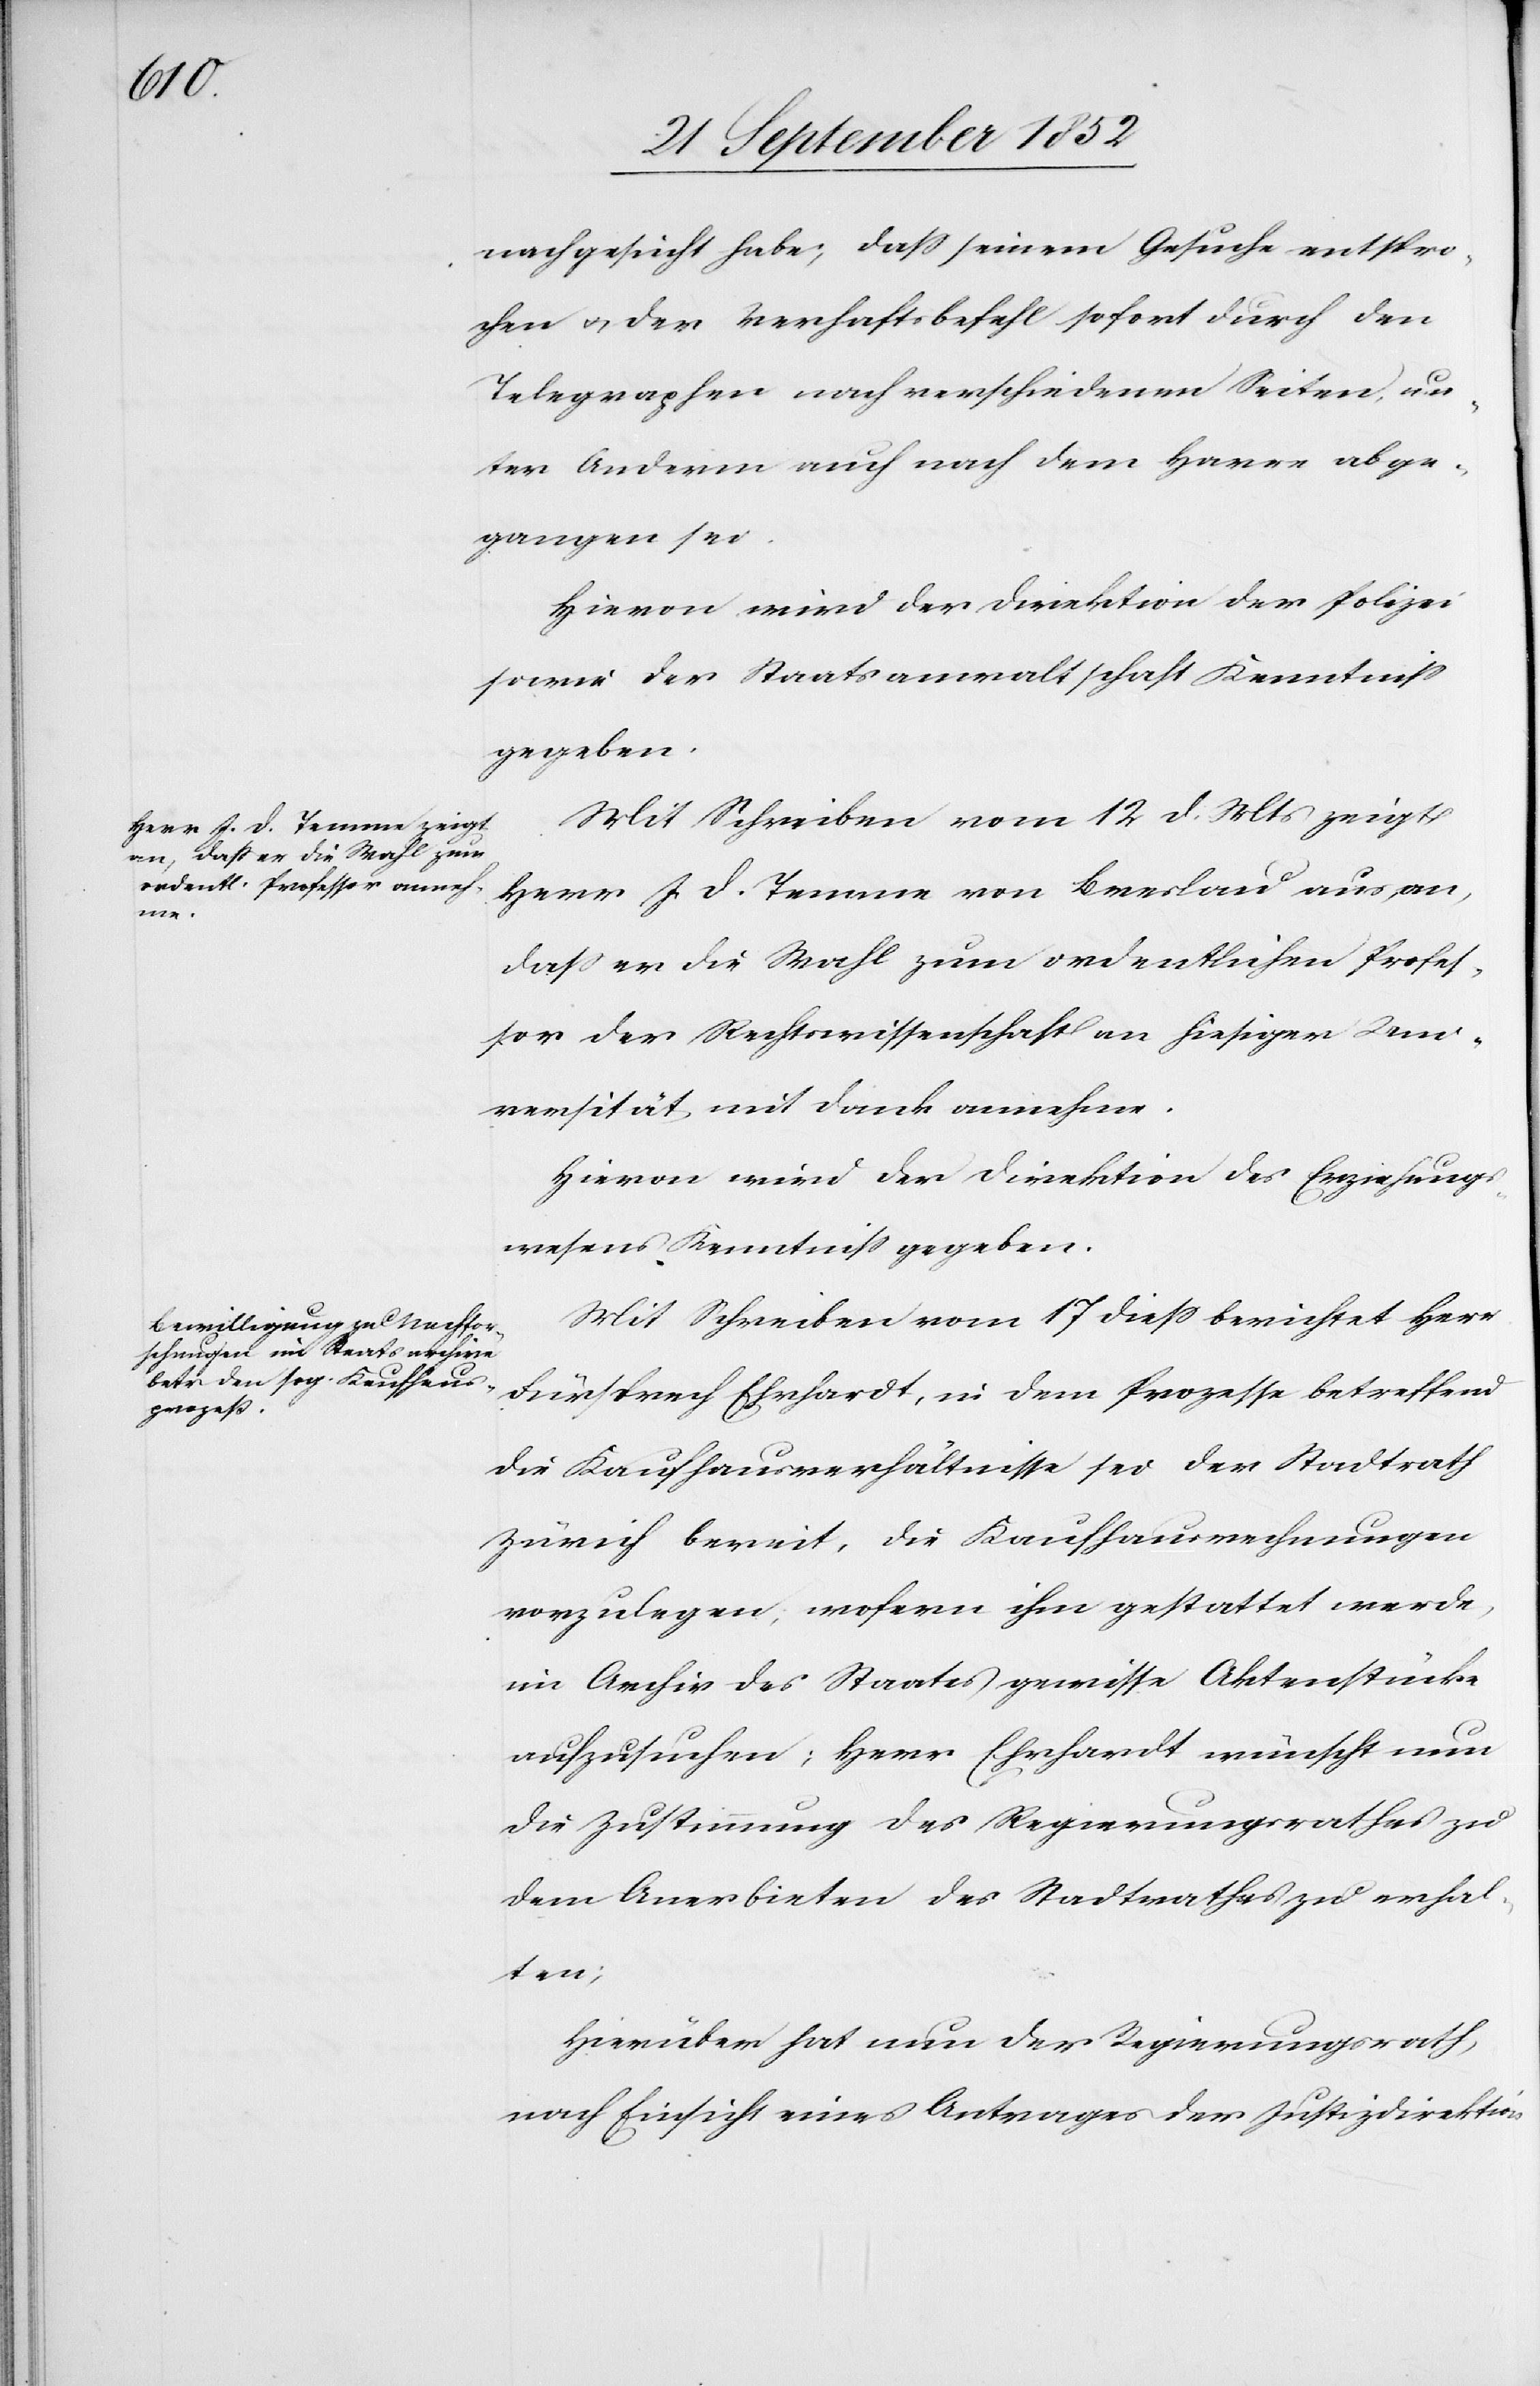
nachgesucht habe; dass seinem Gesuche entspro¬
chen & der Verhaftsbefehl sofort durch den
Telegraphen nach verschiedenen Seiten, un¬
ter Anderm auch nach dem Havre abge¬
gangen sei.
Hievon wird der Direktion der Polizei
sowie der Staatsanwaltschaft Kenntniss
gegeben.
Mit Schreiben vom 12 d. Mts zeigt
Herr J. D. Temme von Breslau aus an,
dass er die Wahl zum ordentlichen Profes¬
sor der Rechtswissenschaft an hiesiger Uni¬
versität mit Dank annehme.
Hievon wird der Direktion des Erziehungs¬
wesens Kenntniss gegeben.
Mit Schreiben vom 17 diess berichtet Herr
Fürsprech Ehrhardt, in dem Prozesse betreffend
die Kaufhausverhältnisse sei der Stadtrath
Zürich bereit, die Kaufhausrechnungen
vorzulegen, wofern ihm gestattet werde,
im Archiv des Staates gewisse Aktenstücke
aufzusuchen; Herr Ehrhardt wünscht nun
die Zustimmung des Regierungsrathes zu
dem Anerbieten des Stadtrathes zu erhal¬
ten;
Hierüber hat nun der Regierungsrath,
nach Einsicht eines Antrages der Justizdirektion